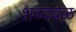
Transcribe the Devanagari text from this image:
शब्दबळ